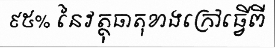
៩៥% នៃវត្ថុធាតុខាងក្រៅធ្វើពី